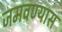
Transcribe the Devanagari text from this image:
जमवण्यास